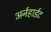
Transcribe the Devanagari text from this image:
अर्नहार्डट